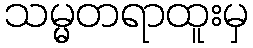
သမ္မတရာထူးမှ